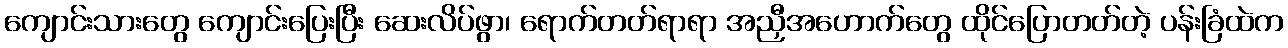
ကျောင်းသားတွေ ကျောင်းပြေးပြီး ဆေးလိပ်ဖွာ၊ ရောက်တတ်ရာရာ အညှီအဟောက်တွေ ထိုင်ပြောတတ်တဲ့ ပန်းခြံထဲက